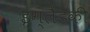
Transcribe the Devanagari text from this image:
इंग्लैंडकी